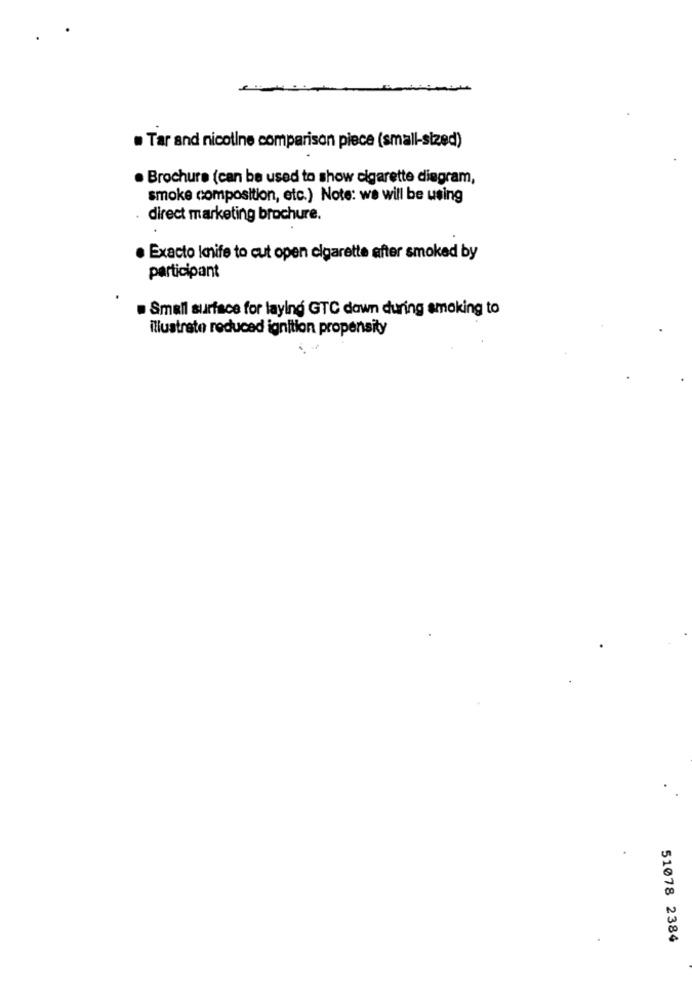
. Tar and nicoline comparison piece (small-sized)
· Brochure (can be used to show cigarette diagram,
smoke composition, etc.) Note: we will be using
direct marketing brochure.
· Exacto knife to cut open cigarette after smoked by
participant
Small surface for laying GTC dawn during smoking to
illustrate reduced ignition propensity
51078 2384